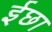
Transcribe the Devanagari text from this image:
ईछा